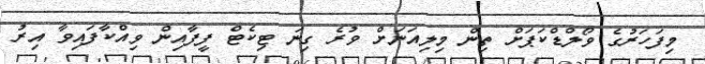
މިފަހަރުގެ ވޯލްޑްކަޕަށް ތިން މިލިއަނަށް ވުރެ ގިނަ ޓިކެޓް ފީފާއިން ވިއްކާފައިވާ އިރު